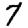
Digit: 7